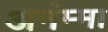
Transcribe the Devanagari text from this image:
अनंम्मा